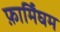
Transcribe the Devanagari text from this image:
फ़ार्मिंघम